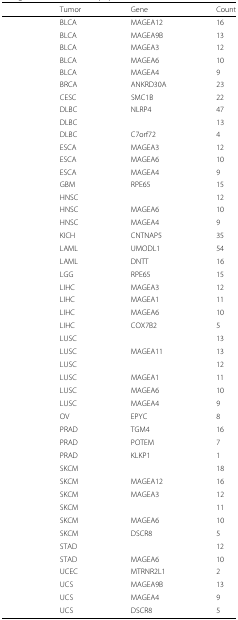
<table><thead><tr><td>[EMPTY_CELL]</td><td><b>Tumor</b></td><td><b>Gene</b></td><td><b>Count</b></td></tr></thead><tbody><tr><td>[EMPTY_CELL]</td><td>BLCA</td><td>MAGEA12</td><td>16</td></tr><tr><td>[EMPTY_CELL]</td><td>BLCA</td><td>MAGEA9B</td><td>13</td></tr><tr><td>[EMPTY_CELL]</td><td>BLCA</td><td>MAGEA3</td><td>12</td></tr><tr><td>[EMPTY_CELL]</td><td>BLCA</td><td>MAGEA6</td><td>10</td></tr><tr><td>[EMPTY_CELL]</td><td>BLCA</td><td>MAGEA4</td><td>9</td></tr><tr><td>[EMPTY_CELL]</td><td>BRCA</td><td>ANKRD30A</td><td>23</td></tr><tr><td>[EMPTY_CELL]</td><td>CESC</td><td>SMC1B</td><td>22</td></tr><tr><td>[EMPTY_CELL]</td><td>DLBC</td><td>NLRP4</td><td>47</td></tr><tr><td>[EMPTY_CELL]</td><td>DLBC</td><td>[EMPTY_CELL]</td><td>13</td></tr><tr><td>[EMPTY_CELL]</td><td>DLBC</td><td>C7orf72</td><td>4</td></tr><tr><td>[EMPTY_CELL]</td><td>ESCA</td><td>MAGEA3</td><td>12</td></tr><tr><td>[EMPTY_CELL]</td><td>ESCA</td><td>MAGEA6</td><td>10</td></tr><tr><td>[EMPTY_CELL]</td><td>ESCA</td><td>MAGEA4</td><td>9</td></tr><tr><td>[EMPTY_CELL]</td><td>GBM</td><td>RPE65</td><td>15</td></tr><tr><td>[EMPTY_CELL]</td><td>HNSC</td><td>[EMPTY_CELL]</td><td>12</td></tr><tr><td>[EMPTY_CELL]</td><td>HNSC</td><td>MAGEA6</td><td>10</td></tr><tr><td>[EMPTY_CELL]</td><td>HNSC</td><td>MAGEA4</td><td>9</td></tr><tr><td>[EMPTY_CELL]</td><td>KICH</td><td>CNTNAP5</td><td>35</td></tr><tr><td>[EMPTY_CELL]</td><td>LAML</td><td>UMODL1</td><td>54</td></tr><tr><td>[EMPTY_CELL]</td><td>LAML</td><td>DNTT</td><td>16</td></tr><tr><td>[EMPTY_CELL]</td><td>LGG</td><td>RPE65</td><td>15</td></tr><tr><td>[EMPTY_CELL]</td><td>LIHC</td><td>MAGEA3</td><td>12</td></tr><tr><td>[EMPTY_CELL]</td><td>LIHC</td><td>MAGEA1</td><td>11</td></tr><tr><td>[EMPTY_CELL]</td><td>LIHC</td><td>MAGEA6</td><td>10</td></tr><tr><td>[EMPTY_CELL]</td><td>LIHC</td><td>COX7B2</td><td>5</td></tr><tr><td>[EMPTY_CELL]</td><td>LUSC</td><td>[EMPTY_CELL]</td><td>13</td></tr><tr><td>[EMPTY_CELL]</td><td>LUSC</td><td>MAGEA11</td><td>13</td></tr><tr><td>[EMPTY_CELL]</td><td>LUSC</td><td>[EMPTY_CELL]</td><td>12</td></tr><tr><td>[EMPTY_CELL]</td><td>LUSC</td><td>MAGEA1</td><td>11</td></tr><tr><td>[EMPTY_CELL]</td><td>LUSC</td><td>MAGEA6</td><td>10</td></tr><tr><td>[EMPTY_CELL]</td><td>LUSC</td><td>MAGEA4</td><td>9</td></tr><tr><td>[EMPTY_CELL]</td><td>OV</td><td>EPYC</td><td>8</td></tr><tr><td>[EMPTY_CELL]</td><td>PRAD</td><td>TGM4</td><td>16</td></tr><tr><td>[EMPTY_CELL]</td><td>PRAD</td><td>POTEM</td><td>7</td></tr><tr><td>[EMPTY_CELL]</td><td>PRAD</td><td>KLKP1</td><td>1</td></tr><tr><td>[EMPTY_CELL]</td><td>SKCM</td><td>[EMPTY_CELL]</td><td>18</td></tr><tr><td>[EMPTY_CELL]</td><td>SKCM</td><td>MAGEA12</td><td>16</td></tr><tr><td>[EMPTY_CELL]</td><td>SKCM</td><td>MAGEA3</td><td>12</td></tr><tr><td>[EMPTY_CELL]</td><td>SKCM</td><td>[EMPTY_CELL]</td><td>11</td></tr><tr><td>[EMPTY_CELL]</td><td>SKCM</td><td>MAGEA6</td><td>10</td></tr><tr><td>[EMPTY_CELL]</td><td>SKCM</td><td>DSCR8</td><td>5</td></tr><tr><td>[EMPTY_CELL]</td><td>STAD</td><td>[EMPTY_CELL]</td><td>12</td></tr><tr><td>[EMPTY_CELL]</td><td>STAD</td><td>MAGEA6</td><td>10</td></tr><tr><td>[EMPTY_CELL]</td><td>UCEC</td><td>MTRNR2L1</td><td>2</td></tr><tr><td>[EMPTY_CELL]</td><td>UCS</td><td>MAGEA9B</td><td>13</td></tr><tr><td>[EMPTY_CELL]</td><td>UCS</td><td>MAGEA4</td><td>9</td></tr><tr><td>[EMPTY_CELL]</td><td>UCS</td><td>DSCR8</td><td>5</td></tr></tbody></table>